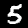
Label: 5